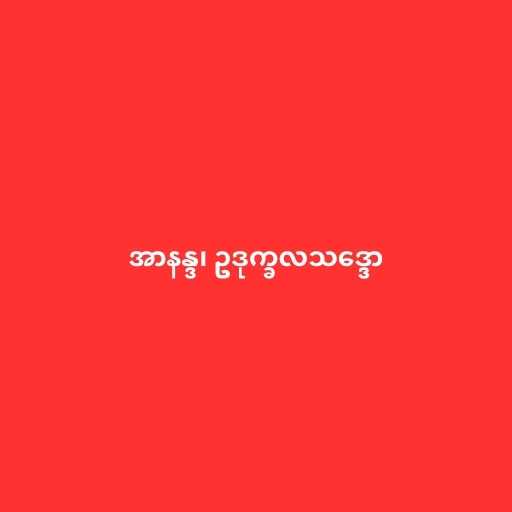
အာနန္ဒ၊ ဥဒုက္ခလသဒ္ဒော